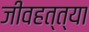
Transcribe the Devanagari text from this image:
जीवहत्त्या